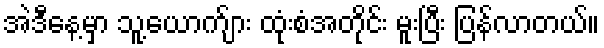
အဲဒီနေ့မှာ သူ့ယောက်ျား ထုံးစံအတိုင်း မူးပြီး ပြန်လာတယ်။